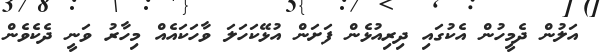
އަލުން ދެމީހުން އެކުގައި ދިރިއުޅެން ފަށަން އުޅޭކަހަލަ ވާހަކައެއް މިހާރު ވަނީ ދެކެވެން